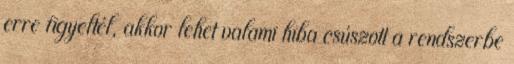
erre figyeltél, akkor lehet valami hiba csúszott a rendszerbe